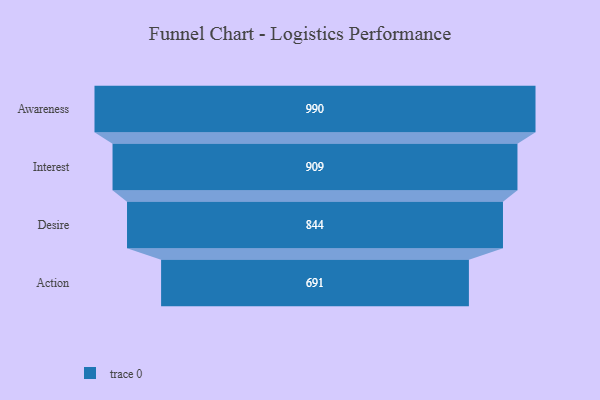
{"axis": {"x": "Stage", "y": "Value"}, "legend": [""], "data": [{"x": "Awareness", "y": 990.0, "type": ""}, {"x": "Interest", "y": 909.0, "type": ""}, {"x": "Desire", "y": 844.0, "type": ""}, {"x": "Action", "y": 691.0, "type": ""}]}